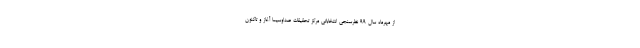
از مهرماه سال ۹۹ نظرسنجی انتخاباتی مرکز تحقیقات صداوسیما آغاز و تاکنون